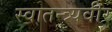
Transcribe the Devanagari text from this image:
स्वातन्त्र्यवीर